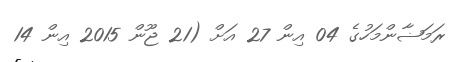
ރަމަޟާންމަހުގެ 04 އިން 27 އަށް (21 ޖޫން 2015 އިން 14